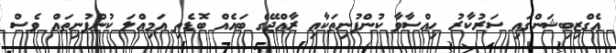
އެގްޒިބިޝަންގައި ސަރުކާރު ހިއްސާވާ ކުންފުނިތަކާއި ރާއްޖޭގެ ބައެއް ބޮޑެތި އަމިއްލަ ކުންފުނިތައް ވެސް